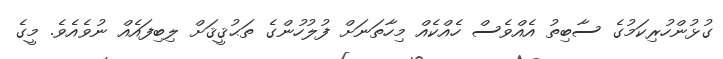
ގުޅުންހުރިކަމުގެ ސާބިތު އެއްވެސް ހެއްކެއް މިހާތަނަށް ފުލުހުންގެ ތަޙުޤީޤަށް ލިބިފައެއް ނުވެއެވެ. މީގެ